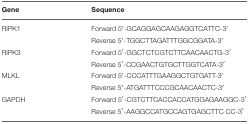
| Gene | Sequence |
 | --- | --- |
 | RIPK1 | Forward 5′-GCAGGAGCAAGAGGTCATTC-3′ |
 |  | Reverse 5′-TGGCTTAGATTTGGCGGATA-3′ |
 | RIPK3 | Forward 5′-GGCTCTCGTCTTCAACAACTG-3′ |
 |  | Reverse 5′-CCGAACTGTGCTTGGTCATA-3′ |
 | MLKL | Forward 5′-CCCATTTGAAGGCTGTGATT-3′ |
 |  | Reverse 5′-ATGATTTCCCGCAACAACTC-3′ |
 | GAPDH | Forward 5′-CGTCTTCACCACCATGGAGAAGGC-3′ |
 |  | Reverse 5′-AAGGCCATGCCAGTGAGCTTC CC-3′ |